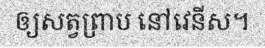
ឲ្យសត្វព្រាប នៅវេនីស។